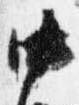
中